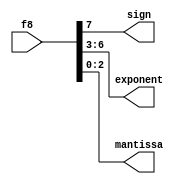
module float8(
    input [7:0] f8,
    output reg sign,
    output reg [3:0] exponent,
    output reg [2:0] mantissa
);

    always @(*) begin
        sign = f8[7];
        exponent = f8[6:3];
        mantissa = f8[2:0];
    end
endmodule